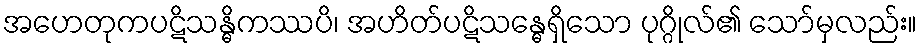
အဟေတုကပဋိသန္ဓိကဿပိ၊ အဟိတ်ပဋိသန္ဓေရှိသော ပုဂ္ဂိုလ်၏ သော်မှလည်း။